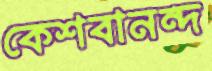
কেশবানন্দ